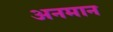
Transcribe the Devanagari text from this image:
अनमान